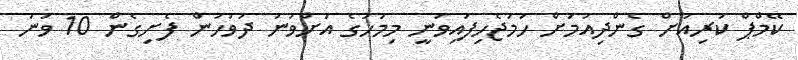
ކޭމްޕް ކުރިއަށް ގެންދިއުމަށް ހަމަޖެހިފައިވަނީ މިމަހުގެެ އަށްވަނަ ދުވަހުން ފެށިގެން 10 ވަނަ